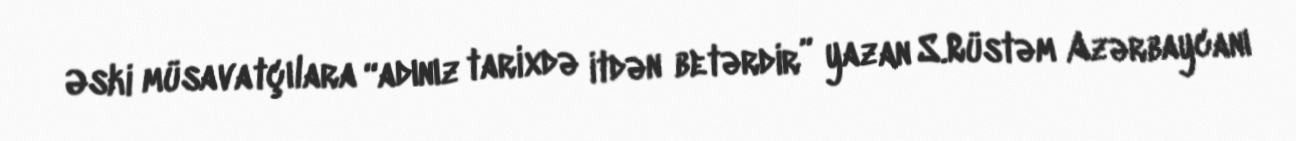
Əski müsavatçılara “adınız tarixdə itdən betərdir” yazan S.Rüstəm Azərbaycanı